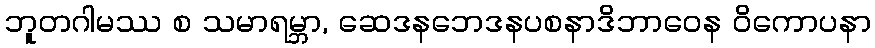
ဘူတဂါမဿ စ သမာရမ္ဘာ, ဆေဒနဘေဒနပစနာဒိဘာဝေန ဝိကောပနာ